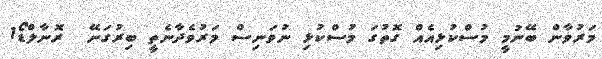
މަރުވާން ބޭނުމީ މުސްކުޅިއެއް ގޮތުގަ މުސްކުޅި ނުވަނިސް މަރުވެދާނެތީ ބިރުގަނޭ  ރޮނާލްޑޯ1